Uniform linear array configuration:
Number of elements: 16
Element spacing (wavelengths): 0.75
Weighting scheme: hamming
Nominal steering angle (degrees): -45
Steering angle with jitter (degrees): -46.748
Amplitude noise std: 0.05
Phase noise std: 0.05

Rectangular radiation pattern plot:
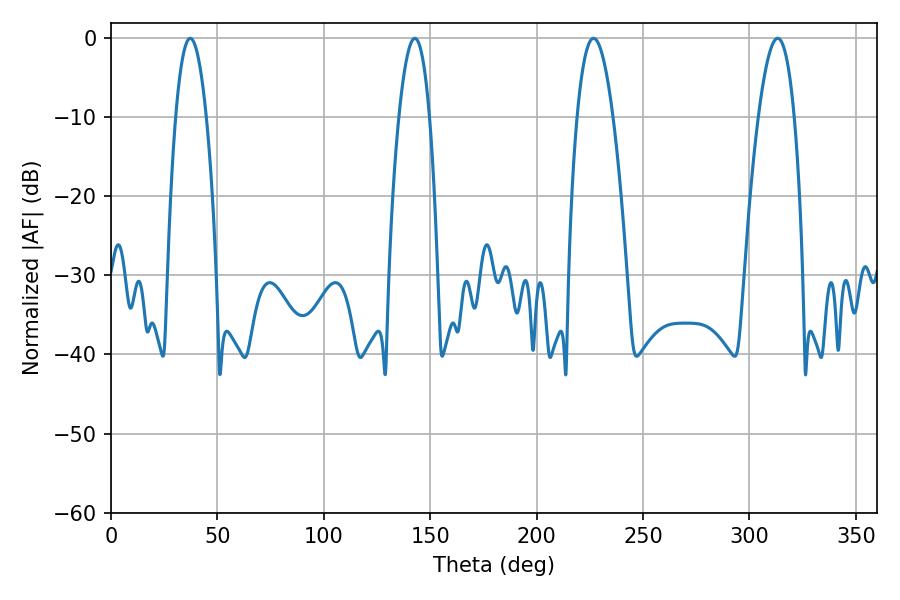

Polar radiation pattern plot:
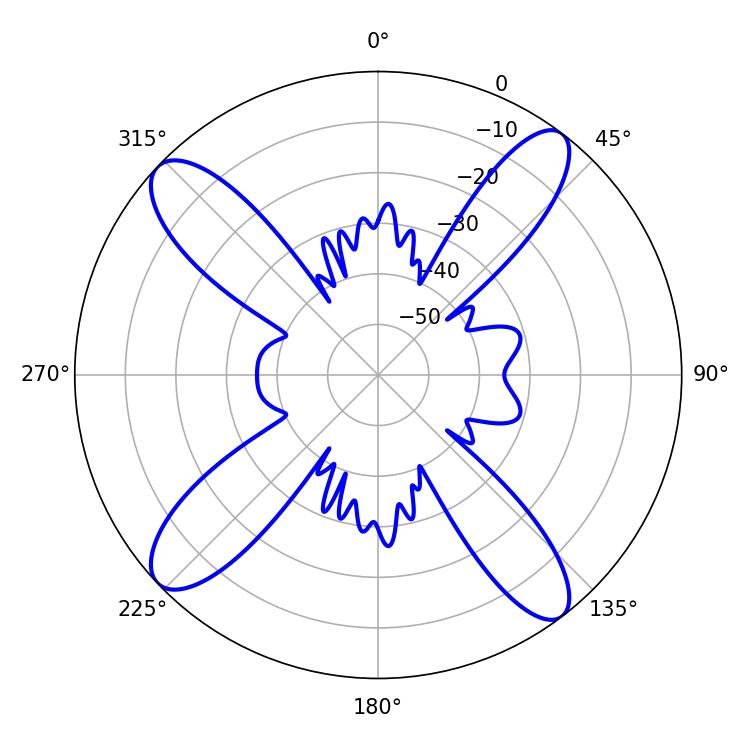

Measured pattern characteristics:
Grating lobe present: TRUE
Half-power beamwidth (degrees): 7.92
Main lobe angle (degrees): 37.26